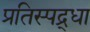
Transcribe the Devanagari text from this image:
प्रतिस्पद्र्धा